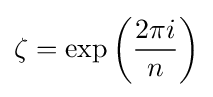
\zeta =\exp \left({\frac {2\pi i}{n}}\right)